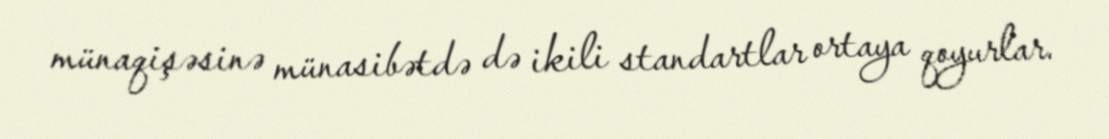
münaqişəsinə münasibətdə də ikili standartlar ortaya qoyurlar.